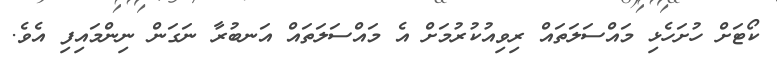
ކޯޓަށް ހުށަހެޅި މައްސަލަތައް ރިވިއުކުރުމަށް އެ މައްސަލަތައް އަނބުރާ ނަގަން ނިންމައިފި އެވެ.